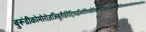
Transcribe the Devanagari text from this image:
बुरूंडीकोमोरोज़जिबूतीईरीट्रियाइथियोपियाकीनियामैडागास्करमलावीमारीशसमोजाम्बिकरवांडासेशल्ससोमालियातंजानियायुगांडाजाम्बियाज़िम्बाबवे